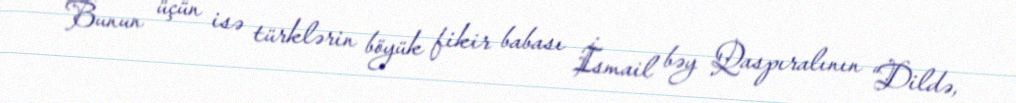
Bunun üçün isə türklərin böyük fikir babası İsmail bəy Qaspıralının “Dildə,